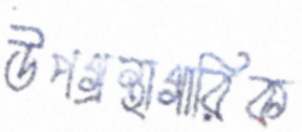
উপগ্রন্থাগারিক